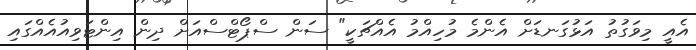
އެއީ މިވަގުތު އަޅުގަނޑަށް އެންމެ މުހިއްމު އެއްޗަކީ" ސަން ސްޕޯޓްސްއަށް ދިން އިންޓަވިއުއެއްގައި